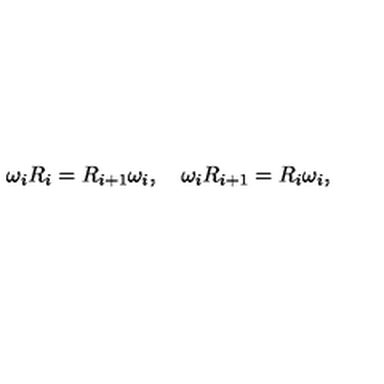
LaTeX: \omega _ { i } R _ { i } = R _ { i + 1 } \omega _ { i } , \quad \omega _ { i } R _ { i + 1 } = R _ { i } \omega _ { i } ,